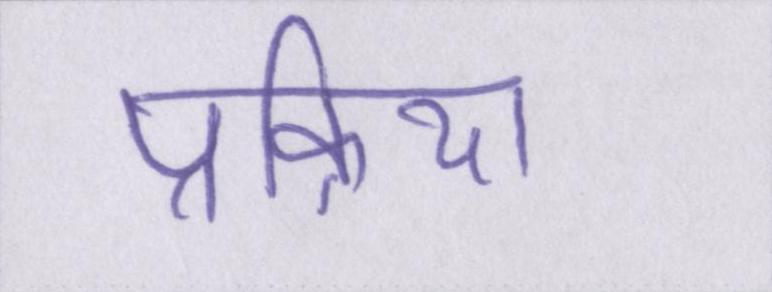
प्रक्रिया